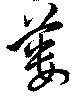
蔞